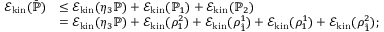
\begin{array} { r l } { \mathcal E _ { \mathrm { k i n } } ( \bar { \mathbb { P } } ) } & { \leq \mathcal E _ { \mathrm { k i n } } ( \eta _ { 3 } \mathbb { P } ) + \mathcal E _ { \mathrm { k i n } } ( \mathbb { P } _ { 1 } ) + \mathcal E _ { \mathrm { k i n } } ( \mathbb { P } _ { 2 } ) } \\ & { = \mathcal E _ { \mathrm { k i n } } ( \eta _ { 3 } \mathbb { P } ) + \mathcal E _ { \mathrm { k i n } } ( \rho _ { 1 } ^ { 2 } ) + \mathcal E _ { \mathrm { k i n } } ( \rho _ { \hat { 1 } } ^ { 1 } ) + \mathcal E _ { \mathrm { k i n } } ( \rho _ { 1 } ^ { 1 } ) + \mathcal E _ { \mathrm { k i n } } ( \rho _ { \hat { 1 } } ^ { 2 } ) ; } \end{array}